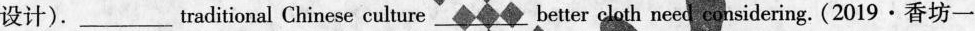
设计).___traditional Chinese culture ___better cloth need considering. (2019·香坊一